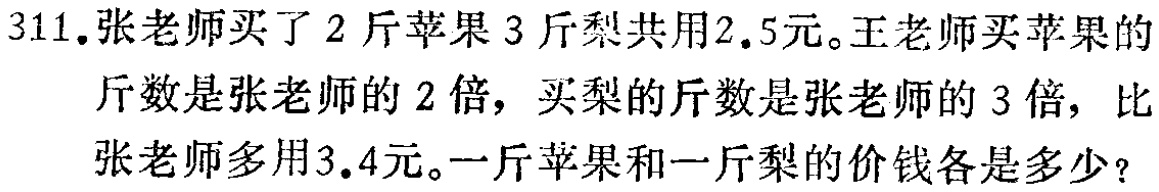
311.张老师买了2斤苹果3斤梨共用2.5元。王老师买苹果的斤数是张老师的2倍，买梨的斤数是张老师的3倍，比张老师多用3.4元。一斤苹果和一斤梨的价钱各是多少？